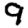
Digit: 9